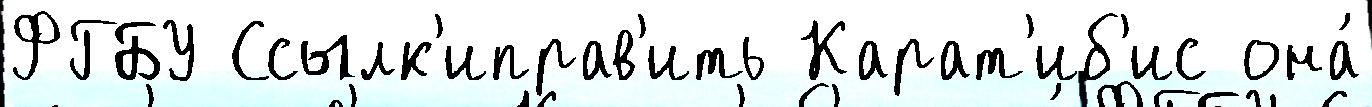
ФГБУ Ссылк'иправ'ить Карат'иб'ис она́